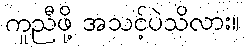
ကူညီဖို့ အသင့်ပဲသိလား။